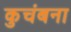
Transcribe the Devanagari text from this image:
कुचंबना